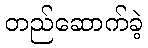
တည်ဆောက်ခဲ့